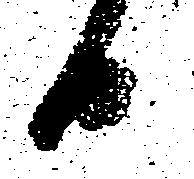
日